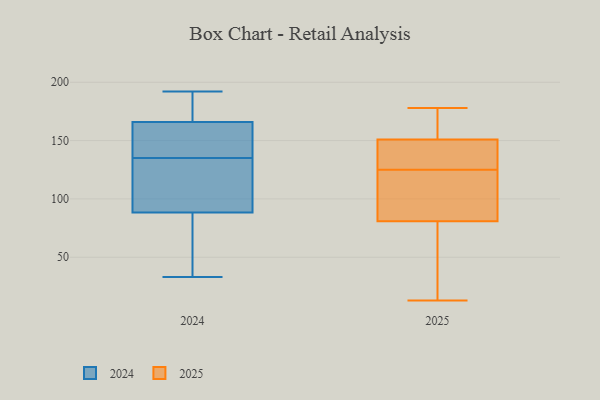
{"axis": {"x": "Backlog", "y": "Value"}, "legend": ["2024", "2025"], "data": [{"x": "", "y": 51, "type": "2024"}, {"x": "", "y": 35, "type": "2024"}, {"x": "", "y": 71, "type": "2024"}, {"x": "", "y": 135, "type": "2024"}, {"x": "", "y": 192, "type": "2024"}, {"x": "", "y": 147, "type": "2024"}, {"x": "", "y": 183, "type": "2024"}, {"x": "", "y": 33, "type": "2024"}, {"x": "", "y": 104, "type": "2024"}, {"x": "", "y": 163, "type": "2024"}, {"x": "", "y": 148, "type": "2024"}, {"x": "", "y": 188, "type": "2024"}, {"x": "", "y": 135, "type": "2024"}, {"x": "", "y": 83, "type": "2024"}, {"x": "", "y": 121, "type": "2024"}, {"x": "", "y": 182, "type": "2024"}, {"x": "", "y": 167, "type": "2024"}, {"x": "", "y": 111, "type": "2024"}, {"x": "", "y": 112, "type": "2024"}, {"x": "", "y": 125, "type": "2025"}, {"x": "", "y": 148, "type": "2025"}, {"x": "", "y": 97, "type": "2025"}, {"x": "", "y": 170, "type": "2025"}, {"x": "", "y": 88, "type": "2025"}, {"x": "", "y": 148, "type": "2025"}, {"x": "", "y": 178, "type": "2025"}, {"x": "", "y": 13, "type": "2025"}, {"x": "", "y": 113, "type": "2025"}, {"x": "", "y": 160, "type": "2025"}, {"x": "", "y": 56, "type": "2025"}, {"x": "", "y": 59, "type": "2025"}, {"x": "", "y": 134, "type": "2025"}]}